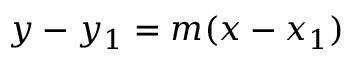
y - y _ { 1 } = m ( x - x _ { 1 } )